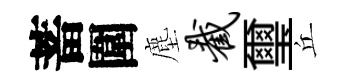
蓄圍塵截璽丘